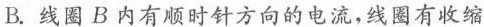
B.线圈B内有顺时针方向的电流，线圈有收缩